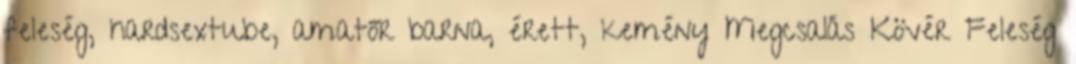
feleség, hardsextube, amatőr barna, érett, kemény Megcsalás Kövér Feleség